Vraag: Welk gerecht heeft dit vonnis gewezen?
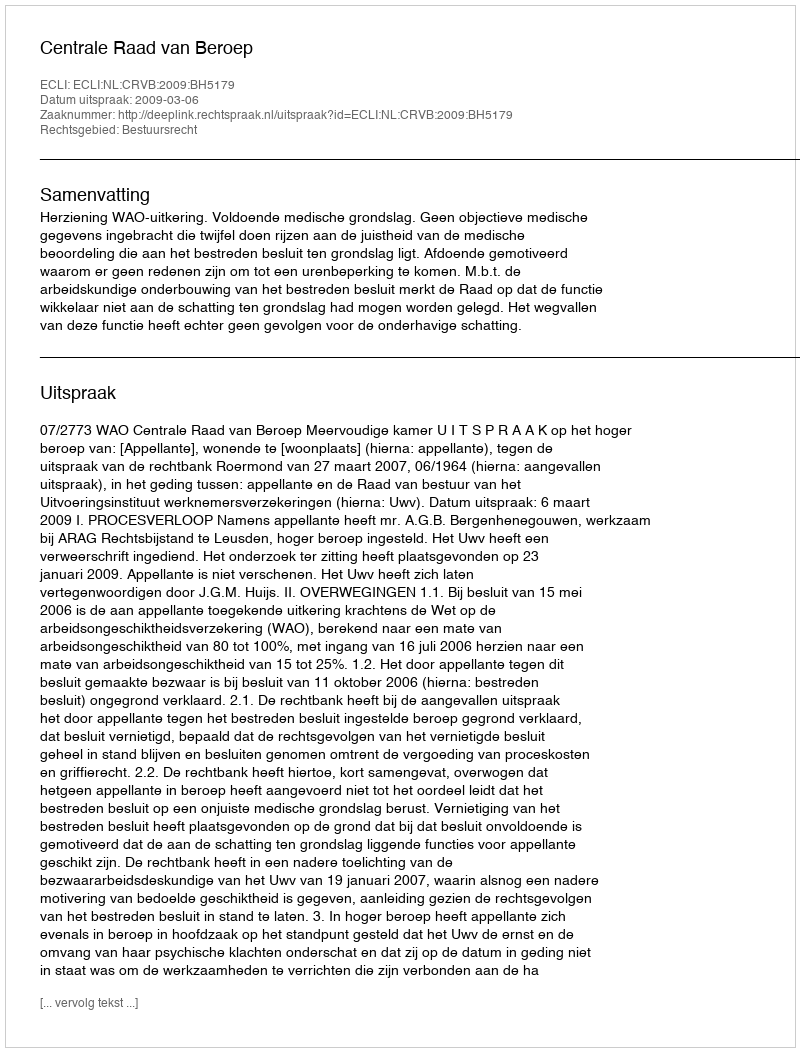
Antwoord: Centrale Raad van Beroep